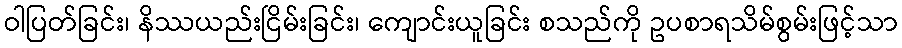
ဝါပြတ်ခြင်း၊ နိဿယည်းငြိမ်းခြင်း၊ ကျောင်းယူခြင်း စသည်ကို ဥပစာရသိမ်စွမ်းဖြင့်သာ